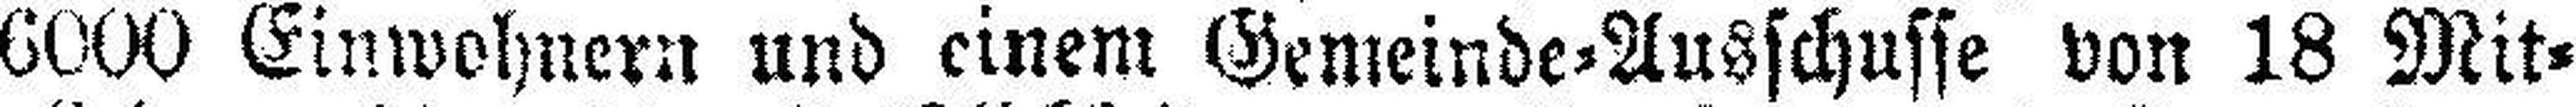
6000 Einwohnern und einem Gemeinde=Ausschusse von 18 Mit¬